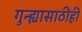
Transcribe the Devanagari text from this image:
गुन्ह्यासाठीही